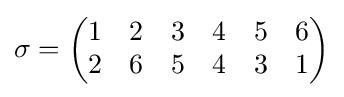
\sigma ={\begin{pmatrix}1&2&3&4&5&6\\2&6&5&4&3&1\end{pmatrix}}